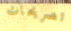
تصريحات